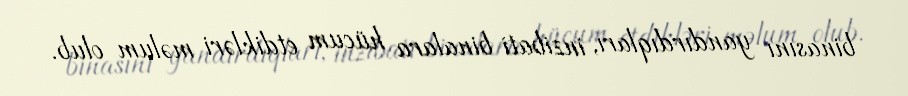
binasını yandırdıqları, inzibati binalara hücum etdikləri məlum olub.